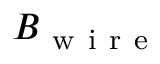
B _ { \mathrm { ~ w ~ i ~ r ~ e ~ } }